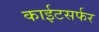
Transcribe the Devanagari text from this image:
काईटसर्फर